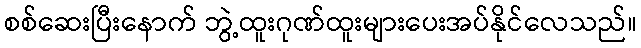
စစ်ဆေးပြီးနောက် ဘွဲ့ထူးဂုဏ်ထူးများပေးအပ်နိုင်လေသည်။